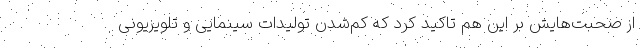
از صحبت‌هایش بر این هم تاکید کرد که کم‌شدن تولیدات سینمایی و تلویزیونی